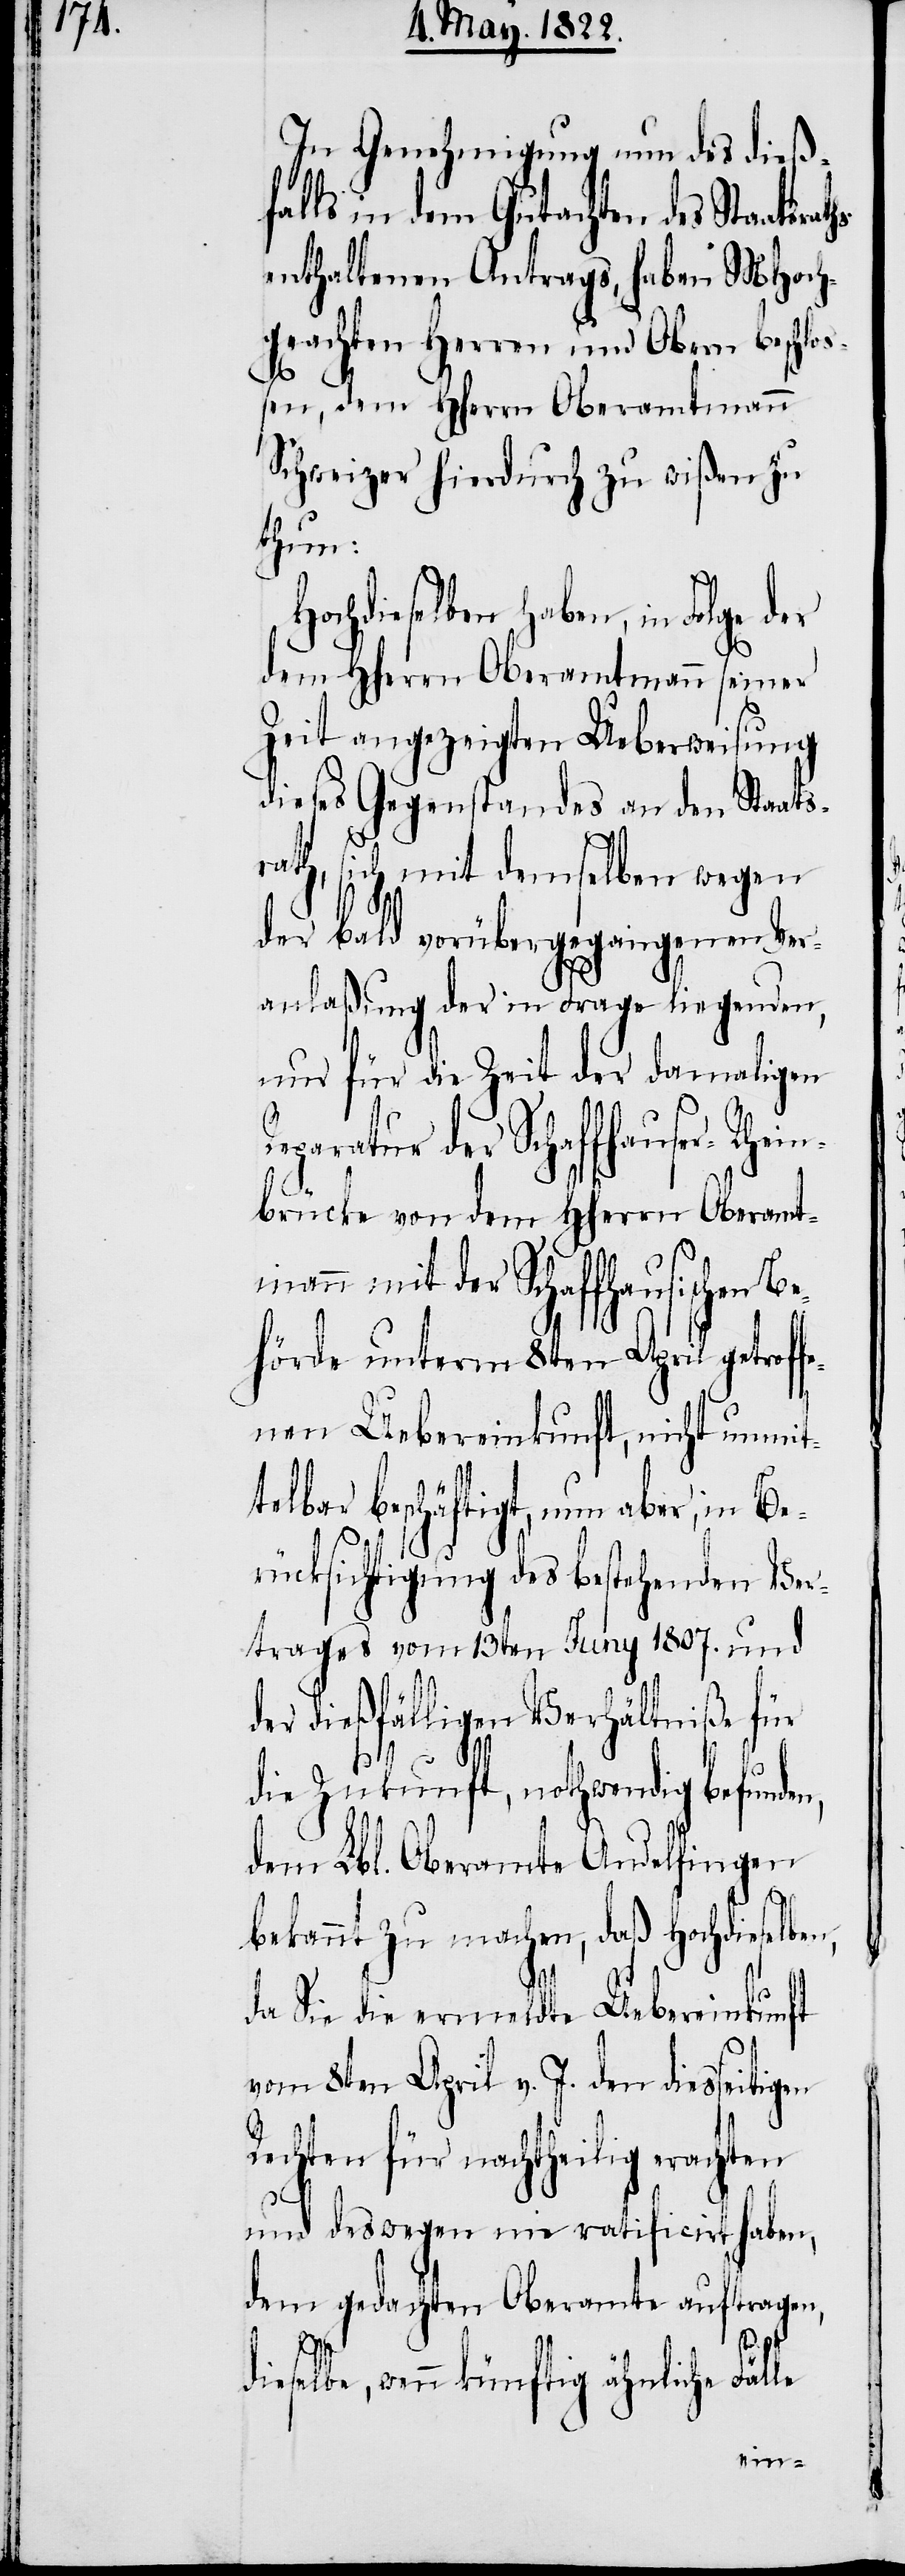
In Genehmigung um des dieß¬
falls in dem Gutachten des Staatsra¬
enthaltenen Antrags, haben MHoch¬
geachten Herren und Obern beschlo¬
ßen, dem HHerrn Oberamtmann
Schweizer hierdurch zu wißen zu
thun:
Hochdieselben haben, in Folge der
dem HHerrn Oberamtmann seiner
Zeit angezeigten Ueberweisung
dieses Gegenstandes an den Staats¬
rath, sich mit demselben wegen
der bald vorübergegangenen Ver¬
anlaßung der in Frage liegenden,
nur für die Zeit der damaligen
Reparatur der Schaffhauser-Rhein¬
brücke von dem HHerrn Oberamt¬
mann mit der Schaffhausischen
hörde unterm 8. April getroff¬
enen Uebereinkunft, nicht unmit¬
telbar beschäftigt, nun aber, in Be¬
rücksichtigung des bestehenden Ver¬
trages vom 13ten Juny 1807. und
der dießfälligen Verhältniße für
die Zukunft, nothwendig befund¬
dem Lbl. Oberamte Andelfingen
bekannt zu machen, daß Hochdieselben,
da Sie die ermeldte Uebereinkunft
vom 8ten April v. J. den diesseiti¬
und deswegen nie ratificirt haben,
dem gedachten Oberamte auftragen,
gen
dieselbe, wenn künftig ähnliche Fäl¬
le